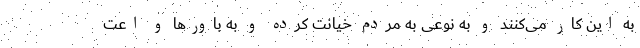
به این کار می‌کنند و به نوعی به مردم خیانت کرده و به باورها و اعت